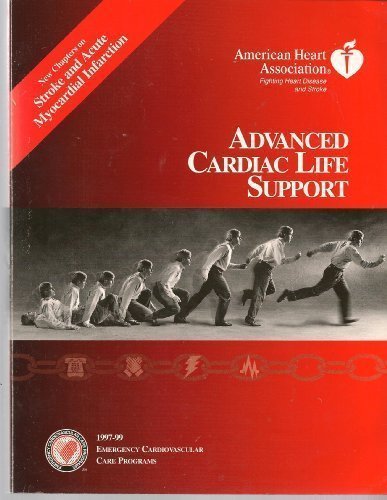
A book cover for Advanced Cardiac Life Support; Richard O Cummins  (Editor); Health, Fitness & Dieting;